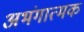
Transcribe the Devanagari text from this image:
अभंगात्मक